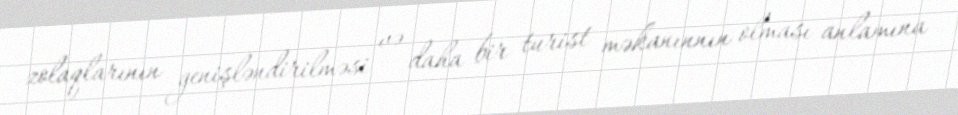
zolaqlarının genişləndirilməsi və daha bir turist məkanınnın olması anlamına